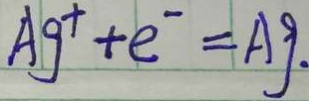
A g ^ { + } + e ^ { - } = A g .